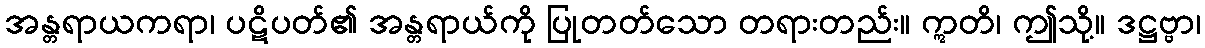
အန္တရာယကရာ၊ ပဋိပတ်၏ အန္တရာယ်ကို ပြုတတ်သော တရားတည်း။ ဣတိ၊ ဤသို့။ ဒဋ္ဌဗ္ဗာ၊